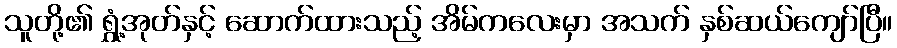
သူတို့၏ ရွှံ့အုတ်နှင့် ဆောက်ထားသည့် အိမ်ကလေးမှာ အသက် နှစ်ဆယ်ကျော်ပြီ။